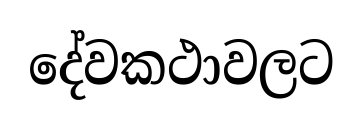
දේවකථාවලට